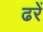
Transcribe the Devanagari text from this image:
ढरें